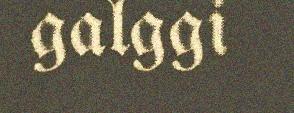
galggi